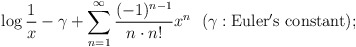
\begin{align*}\log \frac{1}{x}-\gamma+\sum_{n=1}^{\infty} \frac{(-1)^{n-1}}{n\cdot n!}x^{n}\ \ (\gamma: \rm{Euler's\ constant});\end{align*}